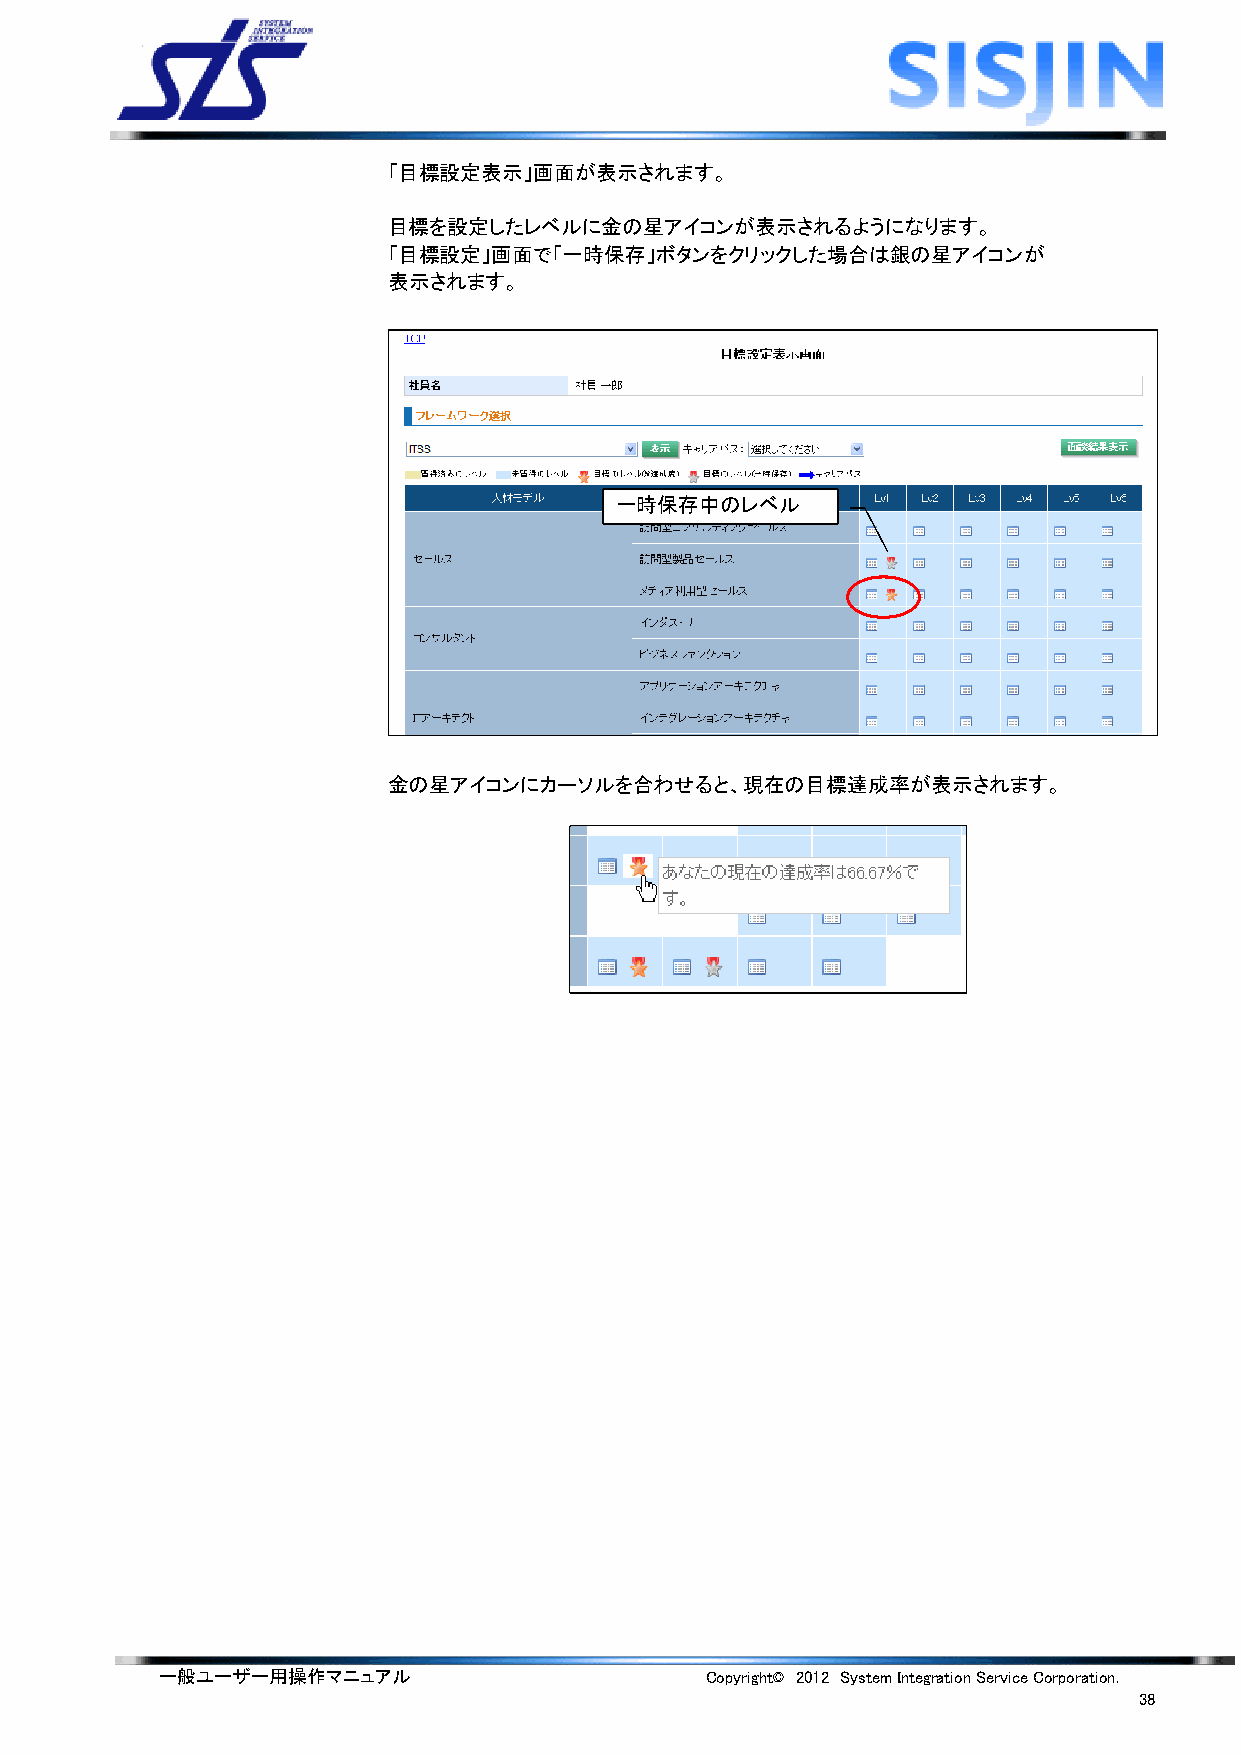
「目標設定表示」画面が表示されます。
 目標を設定したレベルに金の星アイコンが表示されるようになります。
 「目標設定」画面で「一時保存」ボタンをクリックした場合は銀の星アイコンが
 表示されます。
 一時保存中のレベル
 金の星アイコンにカーソルを合わせると、現在の目標達成率が表示されます。
 一般ユーザー用操作マニュアル                      Copyright© 2012 System Integration Service Corporation.
 38